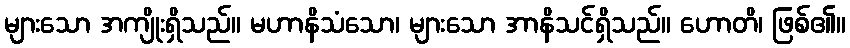
များသော အကျိုးရှိသည်။ မဟာနိသံသော၊ များသော အာနိသင်ရှိသည်။ ဟောတိ၊ ဖြစ်၏။